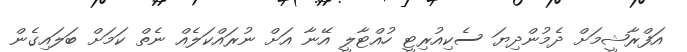
އަފްރާޝީމަށް ދެމުންދިޔަ ސެކިއުރިޓީ ހުއްޓާލީ އޭނާ އަށް ނުރައްކަލެއް ނެތް ކަމަށް ބަލައިގެން